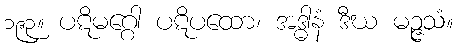
၁၉၃။ ပဋိမဂ္ဂေါ ပဋိပထော၊ အဒ္ဓါနံ ဒီဃ မဉ္ဇသံ။